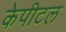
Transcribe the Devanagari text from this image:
केपीटल